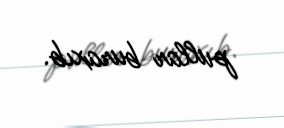
pullar buraxıb.